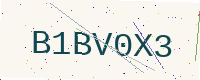
Text: B1BV0X3